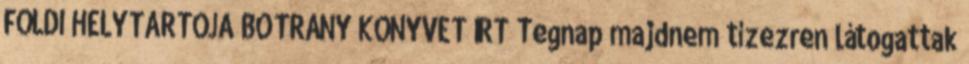
FÖLDI HELYTARTÓJA BOTRÁNY KÖNYVET ÍRT Tegnap majdnem tízezren látogattak